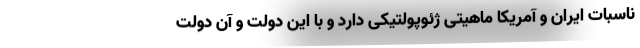
ناسبات ایران و آمریکا ماهیتی ژئوپولتیکی دارد و با این دولت و آن دولت